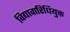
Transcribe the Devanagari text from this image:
विद्यावारिधियुक्त